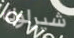
شيرلوك